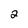
Character: 2